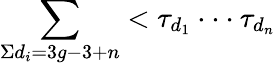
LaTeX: \sum_{\Sigma d_{i}=3g-3+n}<\tau_{d_{1}}\cdot\cdot\cdot\tau_{d_{n}}